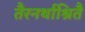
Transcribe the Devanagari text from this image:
तैरनर्थाश्रितै